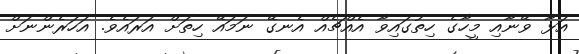
އަޅާ ވޭނާއި މީހާގެ ހިތުގައިވާ އެއްޗެއް އެނގޭ ނަމައޭ ހިތަށް އަރައެވެ. އަހަރެންނަށް